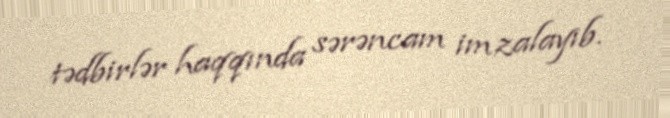
tədbirlər haqqında sərəncam imzalayıb.